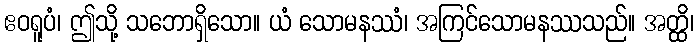
ဧဝရူပံ၊ ဤသို့ သဘောရှိသော။ ယံ သောမနဿံ၊ အကြင်သောမနဿသည်။ အတ္ထိ၊